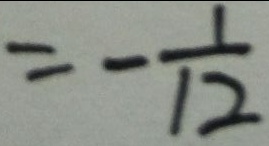
= - \frac { 1 } { 1 2 }